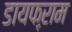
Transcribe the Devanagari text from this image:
डायफ्ऱाम